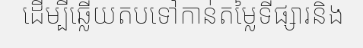
ដើម្បីឆ្លើយតបទៅកាន់តម្លៃទីផ្សារនិង